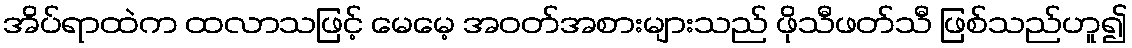
အိပ်ရာထဲက ထလာသဖြင့် မေမေ့ အဝတ်အစားများသည် ဖိုသီဖတ်သီ ဖြစ်သည်ဟူ၍